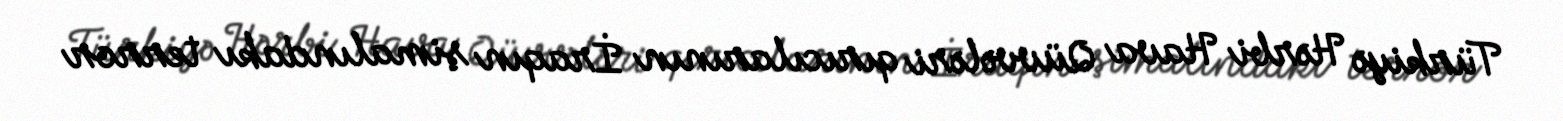
Türkiyə Hərbi Hava Qüvvələri qırıcılarının İraqın şimalındakı terror